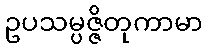
ဥပသမ္ပဇ္ဇိတုကာမာ